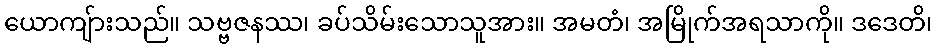
ယောကျ်ားသည်။ သဗ္ဗဇနဿ၊ ခပ်သိမ်းသောသူအား။ အမတံ၊ အမြိုက်အရသာကို။ ဒဒေတိ၊